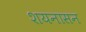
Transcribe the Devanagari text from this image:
शयनासन